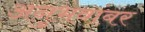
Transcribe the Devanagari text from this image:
अनुभवांबर